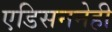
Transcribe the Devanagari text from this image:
एडिसननेही